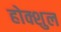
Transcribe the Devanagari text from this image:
होक्शुल